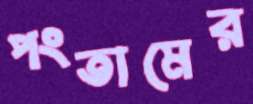
পংতামের